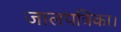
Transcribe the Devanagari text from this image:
जालपत्रिका।